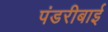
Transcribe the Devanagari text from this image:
पंडरीबाई